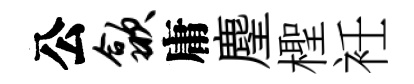
公歙庸麈檉衽